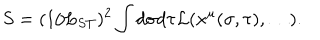
S = ( 1 / L _ { S T } ) ^ { 2 } \int d \sigma d \tau { \cal L } ( x ^ { \mu } ( \sigma , \tau ) , \ldots ) .